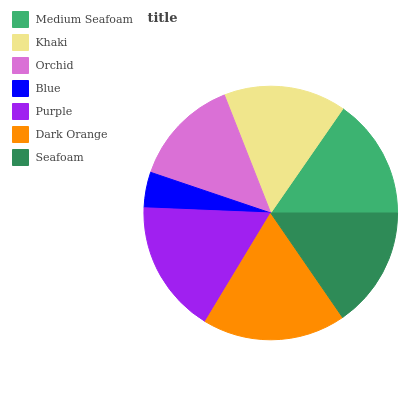
| Medium Seafoam | Khaki | Orchid | Blue | Purple | Dark Orange | Seafoam |
 | --- | --- | --- | --- | --- | --- | --- |
 | 15.3% | 15.6% | 13.8% | 4.53% | 17% | 18.3% | 15.4% |